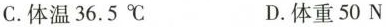
C.体温36.5℃ D.体重50N